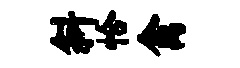
斜恰禽